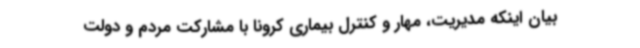
بیان اینکه مدیریت، مهار و کنترل بیماری کرونا با مشارکت مردم و دولت